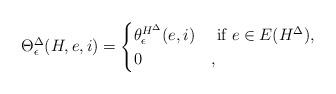
LaTeX: \begin{align*} \Theta_\epsilon^\Delta(H, e, i) = \begin{cases} \theta^{H^\Delta}_\epsilon(e, i) & \mbox{ if $e \in E(H^\Delta)$}, \\ 0 & , \end{cases}\end{align*}